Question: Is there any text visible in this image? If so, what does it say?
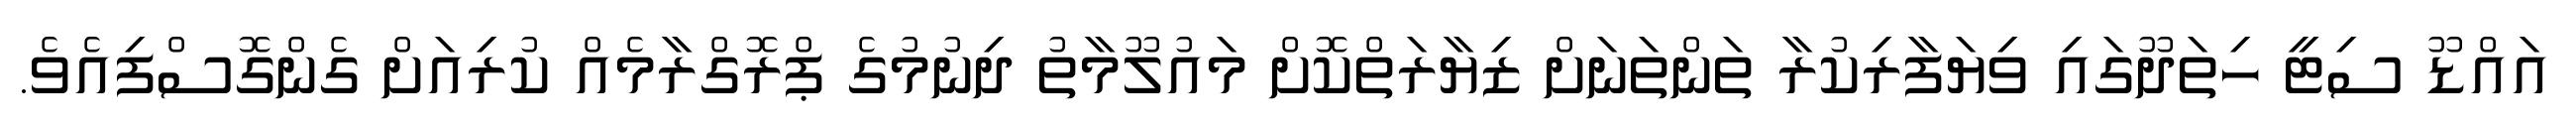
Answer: އައްޑޫ ސިޓީ ހިތަދޫގައި ވިޔަފާރިކުރާ ތަންތަނަށް ޒިޔާރަތްކޮށް މައުލޫމާތު ދިނުމުގެ ޕްރޮގްރާމެއް ކުރިއަށް ގެންގޮސްފިއެވެ.